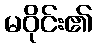
မဝိုင်း၏